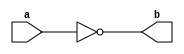

module not_gate (
    a,
    b
);

  input a;
  output b;  //modules don't return anything; so we need to pass parameters for the output

  assign b = !a;  //use the 'assign' keyword when dealing with wires
endmodule

module testbench;

  reg  a;
  wire b;  //wires can't store value

  initial begin
    a = 0;
    $display("a = %b, b = %b", a, b);
    #5 a = 1;
    $display("a = %b, b = %b", a, b);
    #5
      a = 0; //within the same initial block, time delys stack up together; so, the command after the second #5 happens after 10 time unit
    $display("a = %b, b = %b", a, b);
    #5 a = 1;
    $display("a = %b, b = %b", a, b);
    #5 a = 0;
    $display("a = %b, b = %b", a, b);
    #5 $finish;

  end

  not_gate gate1 (
      a,
      b
  );  //creating an instance of the module since we can't call the module for output

endmodule